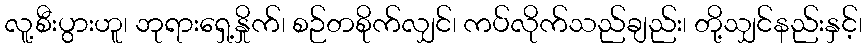
လူ့စီးပွားဟူ၊ ဘုရားရှေ့နှိုက်၊ စဉ်တစိုက်လျှင်၊ ကပ်လိုက်သည်ချည်း၊ တို့သျှင်နည်းနှင့်၊